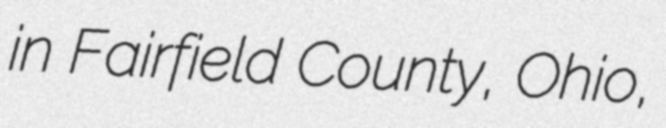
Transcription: in Fairfield County, Ohio,